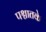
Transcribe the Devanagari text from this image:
पश्चातके